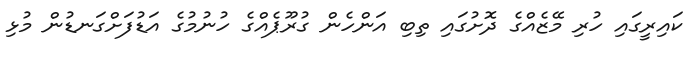
ކައިރީގައި ހުރި މޭޒެއްގެ ދޮށުގައި ތިބި އަންހެން ގުރޫޕެއްގެ ހުނުމުގެ އަޑުފަށްގަނޑުން މުޅި